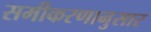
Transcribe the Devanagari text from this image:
समीकरणानुसार